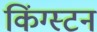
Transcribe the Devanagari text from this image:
किंग्‍स्‍टन